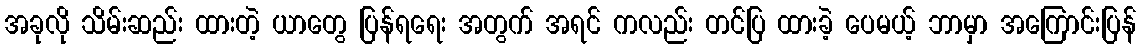
အခုလို သိမ်းဆည်း ထားတဲ့ ယာတွေ ပြန်ရရေး အတွက် အရင် ကလည်း တင်ပြ ထားခဲ့ ပေမယ့် ဘာမှာ အကြောင်းပြန်